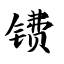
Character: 镄